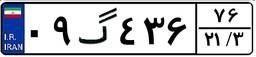
۰۹گ۴۳۶۷۶